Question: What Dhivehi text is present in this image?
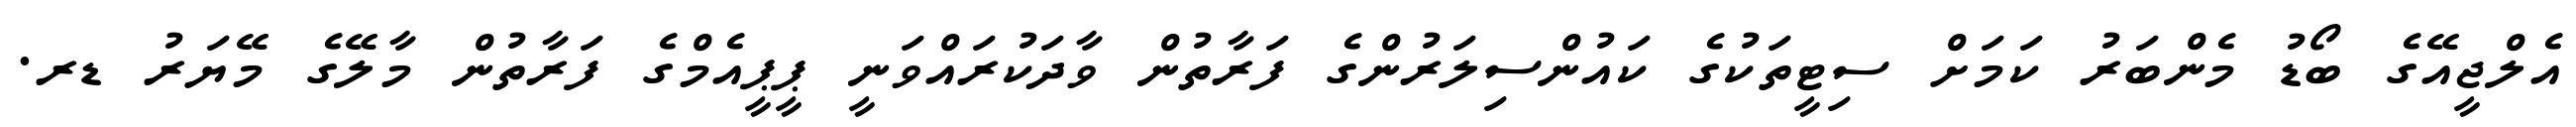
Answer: އެލްޖީއޭގެ ބޯޑު މެންބަރު ކަމަށް ސިޓީތަކުގެ ކައުންސިލަރުންގެ ފަރާތުން ވާދަކުރައްވަނީ ޕީޕީއެމްގެ ފަރާތުން މާލޭގެ މޭޔަރު ޑރ.